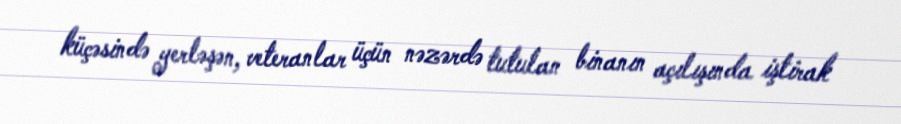
küçəsində yerləşən, veteranlar üçün nəzərdə tutulan binanın açılışında iştirak